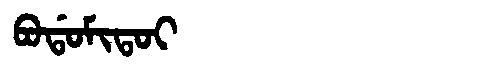
Manchu: ᠪᠣᡩᠣᠮᡳᡨᠣᡳ
Romanization: BODOMITOI